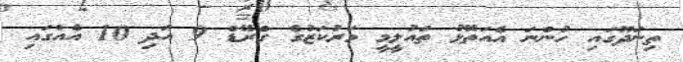
ތިނަދޫގައި ހުންނަ އެއަތޮޅު ތައުލީމީ މަރުކަޒުގެ ގްރޭޑް 9 އަދި 10 އެއްގައި